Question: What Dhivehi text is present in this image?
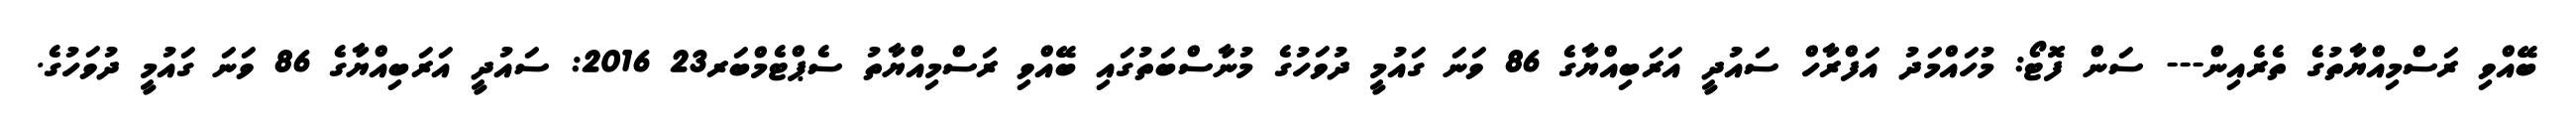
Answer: ބޭއްވި ރަސްމިއްޔާތުގެ ތެރެއިން--- ސަން ފޮޓޯ: މުހައްމަދު އަފްރާހް ސައުދީ އަރަބިއްޔާގެ 86 ވަނަ ގައުމީ ދުވަހުގެ މުނާސްބަތުގައި ބޭއްވި ރަސްމިއްޔާތު ސެޕްޓެމްބަރ23 2016: ސައުދީ އަރަބިއްޔާގެ 86 ވަނަ ގައުމީ ދުވަހުގެ.